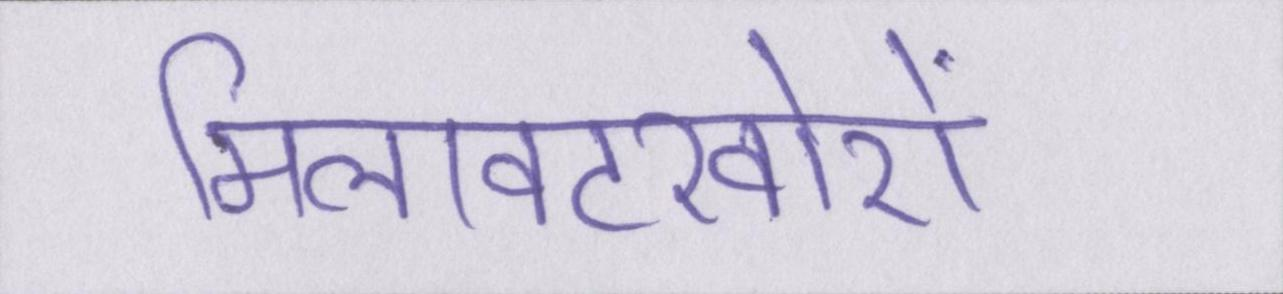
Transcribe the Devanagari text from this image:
मिलावटखोरों